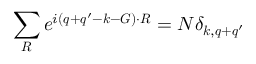
\sum _ { \boldsymbol { R } } e ^ { i ( \boldsymbol { q } + \boldsymbol { q } ^ { \prime } - \boldsymbol { k } - \boldsymbol { G } ) \cdot \boldsymbol { R } } = N \delta _ { \boldsymbol { k } , \boldsymbol { q } + \boldsymbol { q } ^ { \prime } }